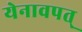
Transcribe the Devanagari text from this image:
येनावपत्